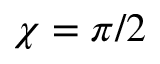
\chi = \pi / 2